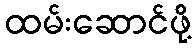
ထမ်းဆောင်ဖို့